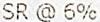
SR @ 6%